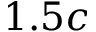
1 . 5 c